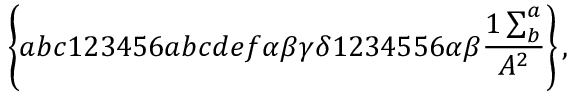
\left\{ a b c 1 2 3 4 5 6 a b c d e f \alpha \beta \gamma \delta 1 2 3 4 5 5 6 \alpha \beta \frac { 1 \sum _ { b } ^ { a } } { A ^ { 2 } } \right\} ,